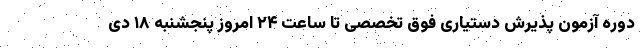
دوره آزمون پذیرش دستیاری فوق تخصصی تا ساعت ۲۴ امروز پنجشنبه ۱۸ دی